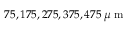
7 5 , 1 7 5 , 2 7 5 , 3 7 5 , 4 7 5 \: \mu \mathrm { ~ m ~ }